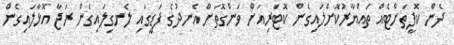
ދެން ކޮފީތަށްޓެއް ތައްޔާރުކޮށްލައިގެން ކޮޓަރިއަށް ވަންގޮތަށް އެނދުގެ ފަޑީގައި ލެނގިލައިގެން ރަޖާ އޮޅާލައިގެން